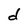
Character: d